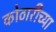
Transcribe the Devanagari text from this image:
कोठारीच्या